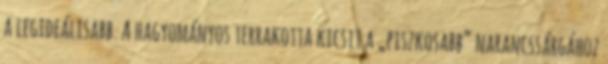
a legideálisabb. A hagyományos terrakotta kicsit a „piszkosabb” narancssárgához